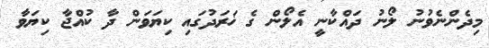
މިދެންނެވުނު ލޯނު ދައްކާނީ އެލޯން ގެ ޚަރަދުގައި ކިޔަވަން ދާ ކުއްޖާ ކިޔަވާ